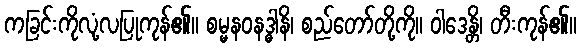
ကခြင်းကိုလုံ့လပြုကုန်၏။ စမ္မနဝနဒ္ဓါနိ၊ စည်တော်တို့ကို။ ဝါဒေန္တိ၊ တီးကုန်၏။